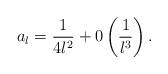
LaTeX: \begin{align*}a_l = \displaystyle\frac{1}{4l^2} + 0 \left(\displaystyle\frac{1}{l^3} \right).\end{align*}